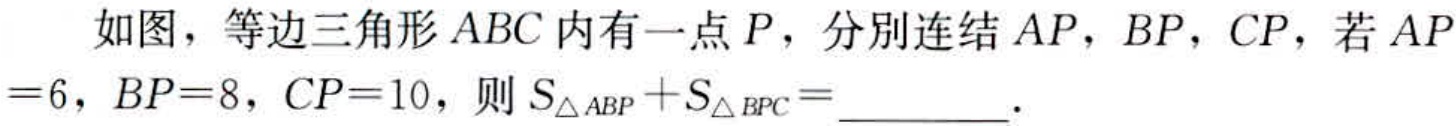
如图，等边三角形 \(ABC\) 内有一点 \(P\)，分別连结 \(AP\)，\(BP\)，\(CP\)，若 \(AP = 6\)，\(BP = 8\)，\(CP = 10\)，则 \(S_{\triangle ABP}+S_{\triangle BPC}=\underline{\quad\quad}\)．